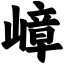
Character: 嶂